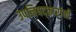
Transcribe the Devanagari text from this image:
उपनिषद्‌कारांनी